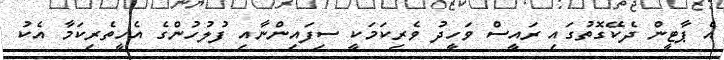
އެ ޕާޓީން ދެކޭގޮތުގައި ރައީސް ވަހީދު ވެރިކަމަކީ ސިފައިންނާއި ފުލުހުންގެ އެހީތެރިކަމާ އެކު